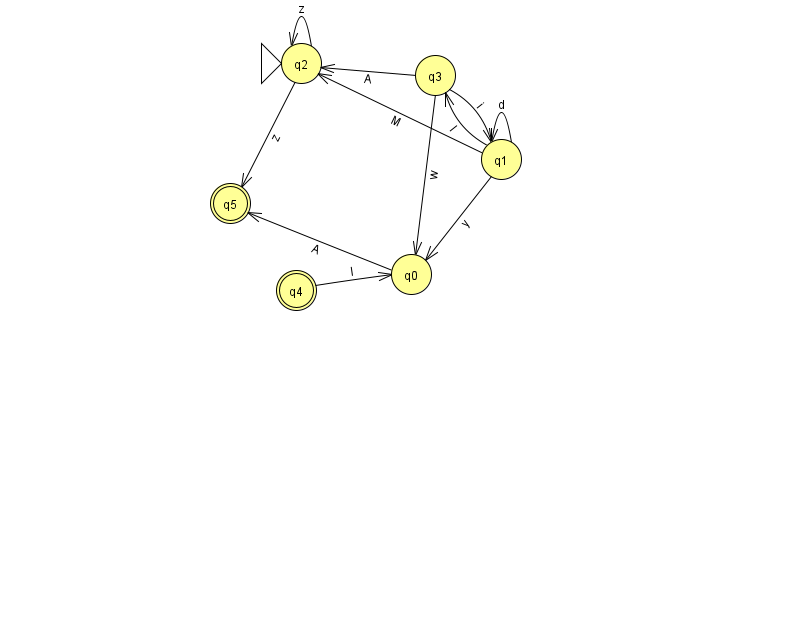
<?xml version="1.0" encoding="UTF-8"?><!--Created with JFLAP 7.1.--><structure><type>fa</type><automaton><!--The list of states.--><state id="0" name="q0"><x>411.0</x><y>261.0</y></state><state id="1" name="q1"><x>501.0</x><y>146.0</y></state><state id="2" name="q2"><x>301.0</x><y>50.0</y><initial/></state><state id="3" name="q3"><x>435.0</x><y>62.0</y></state><state id="4" name="q4"><x>296.0</x><y>277.0</y><final/></state><state id="5" name="q5"><x>230.0</x><y>190.0</y><final/></state><!--The list of transitions.--><transition><from>2</from><to>5</to><read>z</read></transition><transition><from>3</from><to>2</to><read>A</read></transition><transition><from>1</from><to>1</to><read>d</read></transition><transition><from>3</from><to>0</to><read>w</read></transition><transition><from>0</from><to>5</to><read>A</read></transition><transition><from>1</from><to>2</to><read>M</read></transition><transition><from>2</from><to>2</to><read>z</read></transition><transition><from>1</from><to>3</to><read>I</read></transition><transition><from>3</from><to>1</to><read>i</read></transition><transition><from>1</from><to>0</to><read>y</read></transition><transition><from>4</from><to>0</to><read>I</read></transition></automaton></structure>